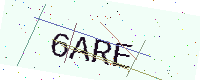
Text: 6ARE